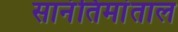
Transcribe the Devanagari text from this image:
सानंतिमांताल